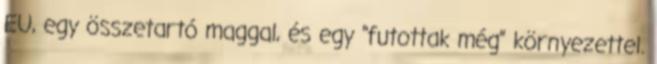
EU, egy összetartó maggal, és egy "futottak még" környezettel.